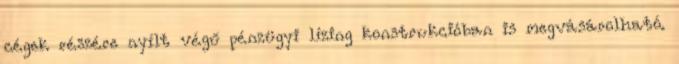
cégek részére nyílt végű pénzügyi lízing konstrukcióban is megvásárolható.